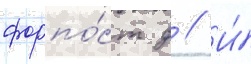
форпо́ст д // И́